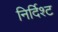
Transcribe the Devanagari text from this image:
निर्दिश्ट